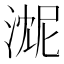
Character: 𬈓